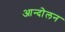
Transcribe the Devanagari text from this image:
आन्दोेलन